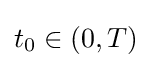
t_{0}\in (0,T)